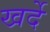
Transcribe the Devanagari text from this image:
खर्दे